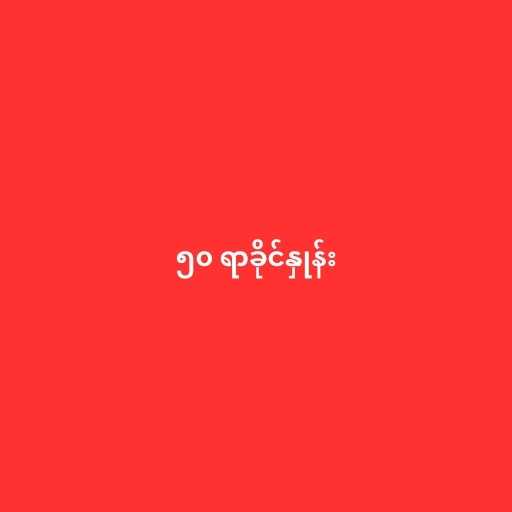
၅၀ ရာခိုင်နှုန်း